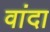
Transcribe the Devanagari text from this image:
वांदा